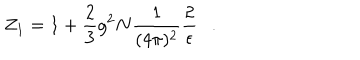
LaTeX: Z _ { 1 } = 1 + \frac { 2 } { 3 } g ^ { 2 } N \frac { 1 } { ( 4 \pi ) ^ { 2 } } \frac { 2 } { \epsilon } .